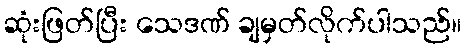
ဆုံးဖြတ်ပြီး သေဒဏ် ချမှတ်လိုက်ပါသည်။